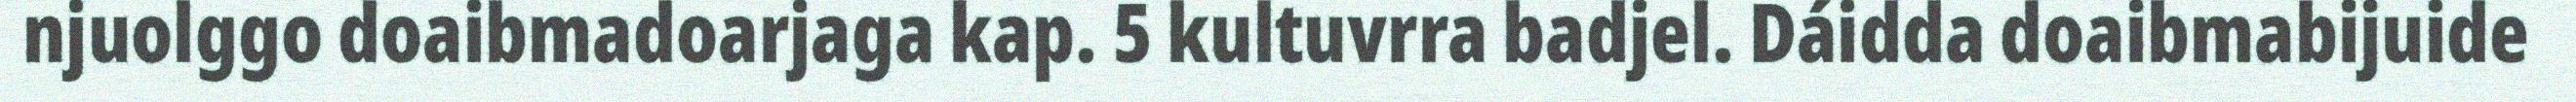
njuolggo doaibmadoarjaga kap. 5 kultuvrra badjel. Dáidda doaibmabijuide